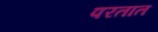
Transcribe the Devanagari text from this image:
परतात